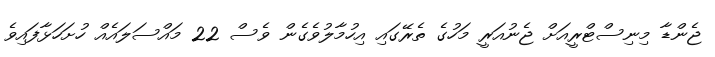
ޖެންޑާ މިނިސްޓްރީއަށް ޖެނުއަރީ މަހުގެ ތެރޭގައި އިހުމާލުވެގެން ވެސް 22 މައްސަލައެއް ހުށަހަޅާފައިވެ